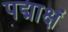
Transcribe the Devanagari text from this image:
पद्माक्षं